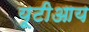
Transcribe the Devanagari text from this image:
यूटीआय